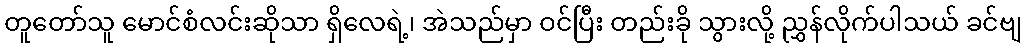
တူတော်သူ မောင်စံလင်းဆိုသာ ရှိလေရဲ့၊ အဲသည်မှာ ဝင်ပြီး တည်းခို သွားလို့ ညွှန်လိုက်ပါသယ် ခင်ဗျ